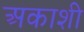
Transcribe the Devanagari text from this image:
अकाशी